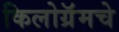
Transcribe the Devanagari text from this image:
किलोग्रॅमचे